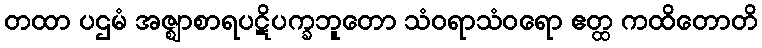
တထာ ပဌမံ အဇ္ဈာစာရပဋိပက္ခဘူတော သံဝရာသံဝရော ဧတ္ထ ကထိတောတိ